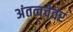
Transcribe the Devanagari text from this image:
अंतत्वचेवर